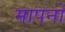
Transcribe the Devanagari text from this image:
मापनो